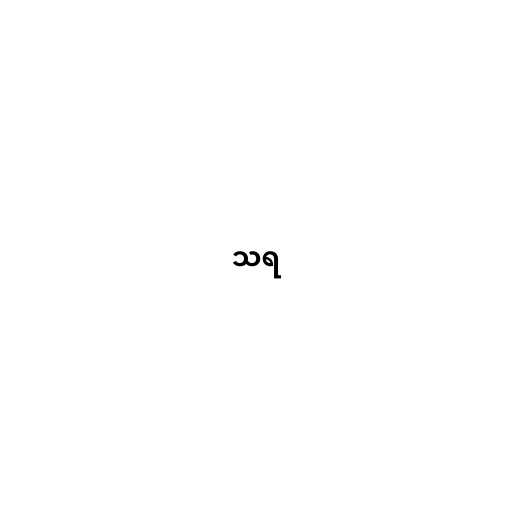
သရ